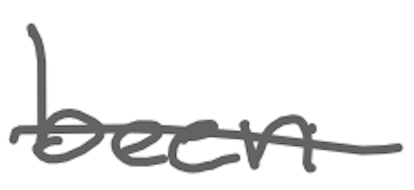
Text: been
Cross-out: single-line
Writing tool: digital_gray